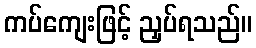
ကပ်ကျေးဖြင့် ညှပ်ရသည်။